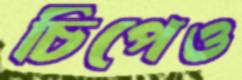
চিপেও